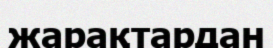
жарақтардан